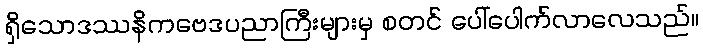
ရှိသောဒဿနိကဗေဒပညာကြီးများမှ စတင် ပေါ်ပေါက်လာလေသည်။